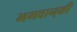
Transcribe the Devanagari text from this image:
भगवान्‌की